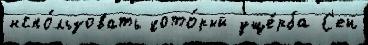
испо́льзовать кото́рый уще́рба С'ен